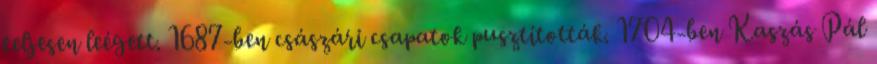
teljesen leégett. 1687-ben császári csapatok pusztították. 1704-ben Kaszás Pál